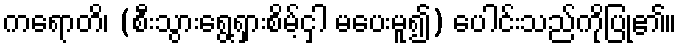
ကရောတိ၊ (စီးသွားရွေ့ရှားစိမ့်ငှါ မပေးမူ၍) ပေါင်းသည်ကိုပြု၏။